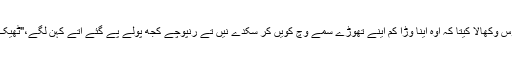
جدوں ودیارتھیاں نے گھبرا کے روس وکھالا کیتا کہ اوہ اینا وڑا کم اینے تھوڑے سمے وچ کویں کر سکدے نیں تے رنپوچے کجھ پولے پے گئے اتے کہن لگے،"ٹھیک اے، تناں منٹاں وچ کر کے وکھاؤ۔